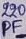
Text: 220PF